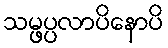
သမ္ဖပ္ပလာပိနောပိ